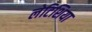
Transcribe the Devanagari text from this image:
लेटिशिया